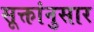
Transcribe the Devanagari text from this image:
सूक्तांनुसार